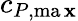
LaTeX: c_{P,{\operatorname*{ma\mathbf{x}}}}